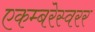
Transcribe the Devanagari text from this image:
एकम्बरेस्वरर